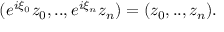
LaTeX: ( e ^ { i \xi _ { 0 } } z _ { 0 } , . . , e ^ { i \xi _ { n } } z _ { n } ) = ( z _ { 0 } , . . , z _ { n } ) .